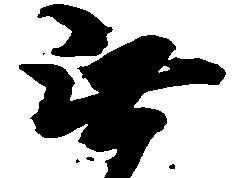
無